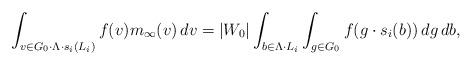
LaTeX: \begin{align*}\int_{v\in G_0 \cdot \Lambda \cdot s_i(L_i)} f(v)m_{\infty}(v) \,dv = |W_0| \int_{b\in \Lambda\cdot L_i}\int_{g\in G_0} f(g\cdot s_i(b)) \,dg \,db,\end{align*}